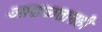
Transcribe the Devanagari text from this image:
आढळतातही